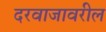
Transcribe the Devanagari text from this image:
दरवाजावरील